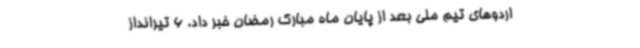
اردوهای تیم ملی بعد از پایان ماه مبارک رمضان خبر داد. 6 تیرانداز